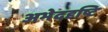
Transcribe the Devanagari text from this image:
अभेददृष्टि